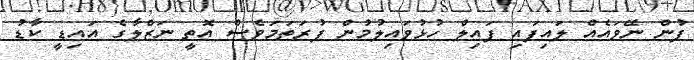
ފުން ނޭވައެއް ލައިފައި ފައިލް ހުޅުވައިލުމުން ފުރަތަމަވެސް އޮތީ ނަޒްލާގެ އައިޑީ ކާޑު